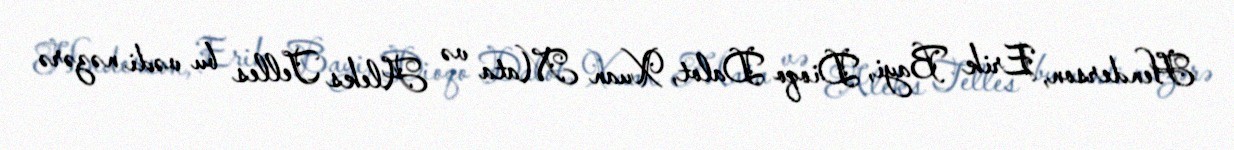
Henderson, Erik Bayi, Dioqo Dalot, Xuan Mata və Aleks Telles bu vədi nəzərə